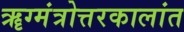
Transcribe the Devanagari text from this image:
ॠग्मंत्रोत्तरकालांत